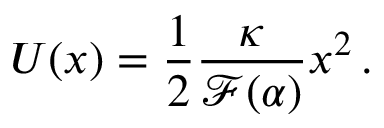
U ( x ) = \frac { 1 } { 2 } \frac { \kappa } { \mathcal { F } ( \alpha ) } x ^ { 2 } \, .